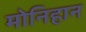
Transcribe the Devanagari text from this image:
मोनिहान